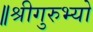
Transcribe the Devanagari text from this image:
॥श्रीगुरुभ्यो